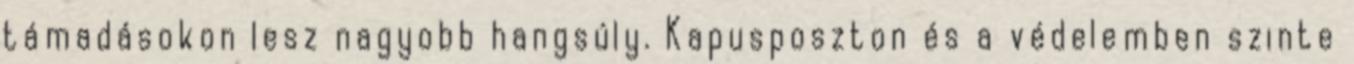
támadásokon lesz nagyobb hangsúly. Kapusposzton és a védelemben szinte